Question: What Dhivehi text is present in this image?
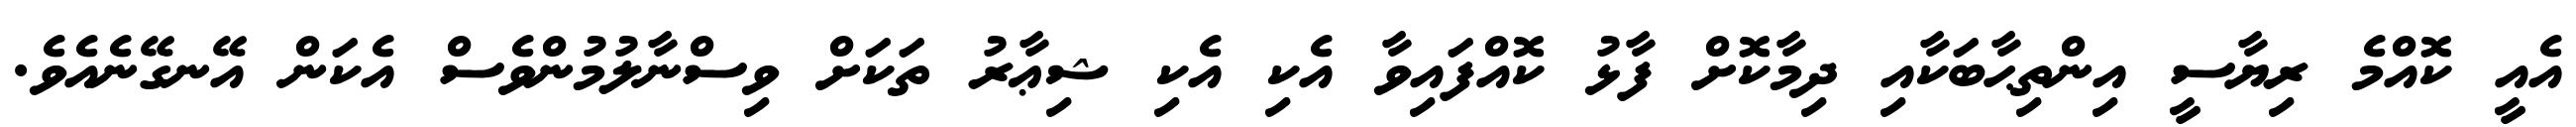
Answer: އެއީ ކޮއްމެ ރިޔާސީ އިންތިޙާބަކާއި ދިމާކޮށް ފާޅު ކޮއްފައިވާ އެކި އެކި ޝިޢާރު ތަކަށް ވިސްނާލުމުންވެސް އެކަން އޭނގޭނެއެވެ.